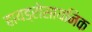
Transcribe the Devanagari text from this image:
हायड्रोसायनिक